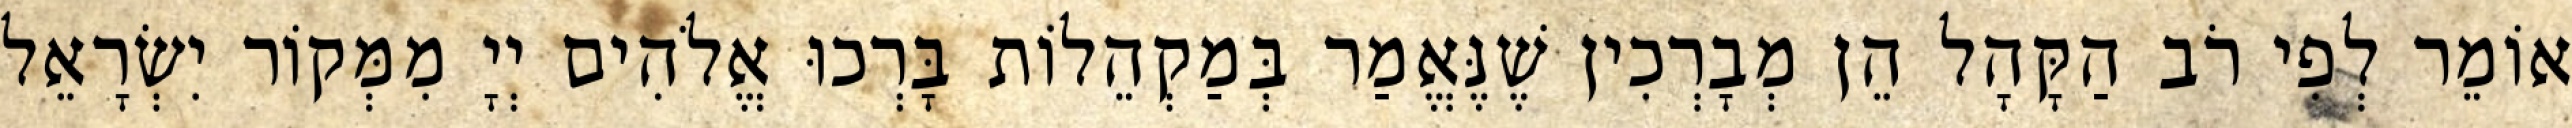
אוֹמֵר לְפִי רֹב הַקָּהָל הֵן מְבָרְכִין שֶׁנֶּאֱמַר בְּמַקְהֵלוֹת בָּרְכוּ אֱלֹהִים יְיָ מִמְּקוֹר יִשְׂרָאֵל